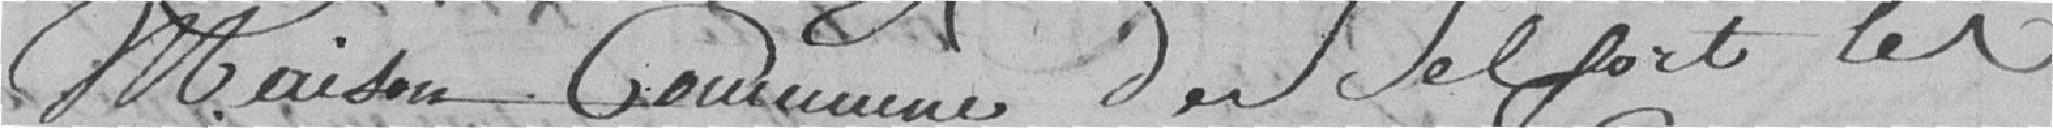
Maison commune de Belfort le